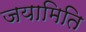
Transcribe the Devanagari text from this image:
जयामिति